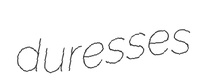
duresses